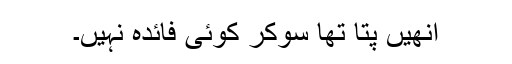
اُنھیں پتا تھا سوکر کوئی فائدہ نہیں۔